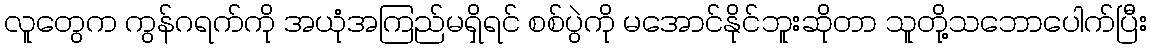
လူတွေက ကွန်ဂရက်ကို အယုံအကြည်မရှိရင် စစ်ပွဲကို မအောင်နိုင်ဘူးဆိုတာ သူတို့သဘောပေါက်ပြီး